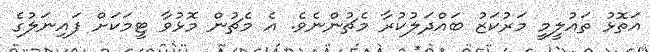
އަތޮޅު ތައުލީމީ މަރުކަޒު ބައްދަލުކުރާ މެޗުންނެވެ. އެ މެޗުން މޮޅުވާ ޓީމަކަށް ފައިނަލުގެ